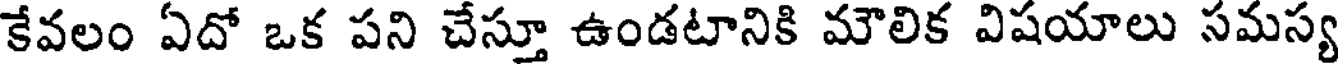
కేవలం ఏదో ఒక పని చేస్తూ ఉండటానికి మౌలిక విషయాలు సమస్య